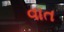
વાત